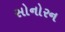
સોનોરન